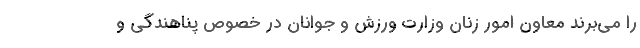
را می‌برند معاون امور زنان وزارت ورزش و جوانان در خصوص پناهندگی و